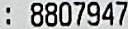
: 8807947